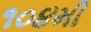
૧૦૪મી